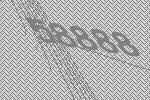
58888